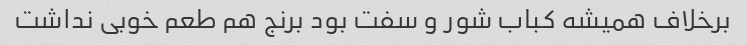
برخلاف همیشه کباب شور و سفت بود برنج هم طعم خوبی نداشت